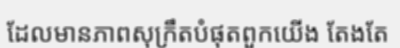
ដែលមានភាពសុក្រឹតបំផុតពួកយើង តែងតែ